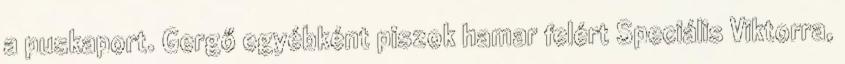
a puskaport. Gergő egyébként piszok hamar felért Speciális Viktorra,